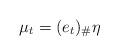
LaTeX: \begin{align*}\mu_t= (e_t)_\# \eta\end{align*}